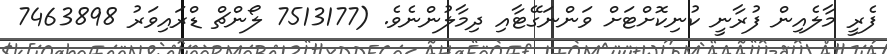
ފެރީ މާލެއިން ފުރާނީ ކުނިކޮށްޓަށް ވަންނަގޭޓާއި ދިމާލުންނެވެ. (7513177 ލޯންޗް ޑްރައިވަރު 7463898